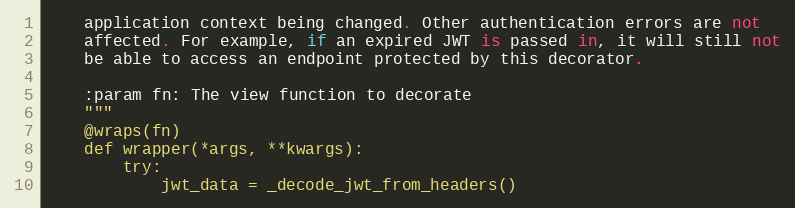
Language: Python
    application context being changed. Other authentication errors are not
    affected. For example, if an expired JWT is passed in, it will still not
    be able to access an endpoint protected by this decorator.

    :param fn: The view function to decorate
    """
    @wraps(fn)
    def wrapper(*args, **kwargs):
        try:
            jwt_data = _decode_jwt_from_headers()